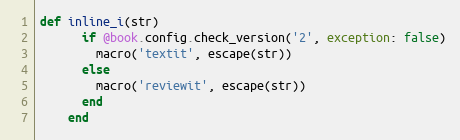
Language: Ruby
def inline_i(str)
      if @book.config.check_version('2', exception: false)
        macro('textit', escape(str))
      else
        macro('reviewit', escape(str))
      end
    end